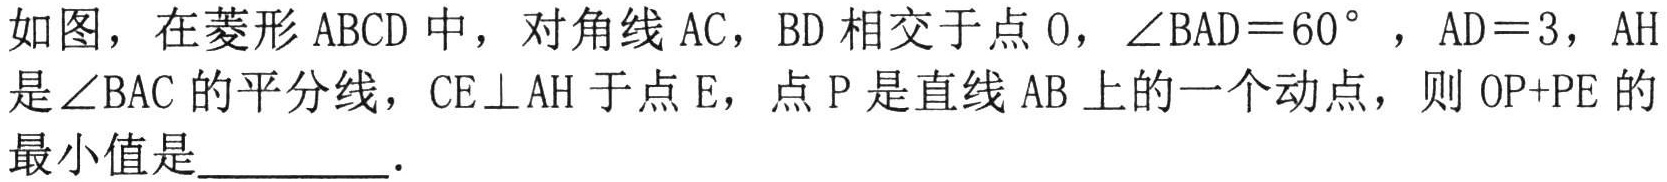
如图，在菱形\(ABCD\)中，对角线\(AC\)，\(BD\)相交于点\(O\)，\(\angle BAD = 60^{\circ}\)，\(AD = 3\)，\(AH\)是\(\angle BAC\)的平分线，\(CE\perp AH\)于点\(E\)，点\(P\)是直线\(AB\)上的一个动点，则\(OP + PE\)的最小值是  ．